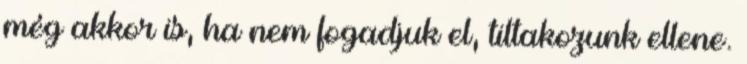
még akkor is, ha nem fogadjuk el, tiltakozunk ellene.